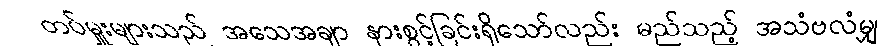
တပ်မှူးများသည် အသေအချာ နားစွင့်ခြင်းရှိသော်လည်း မည်သည့် အသံဗလံမျှ